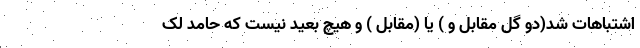
اشتباهات شد(دو گل مقابل و ) یا (مقابل ) و هیچ بعید نیست که حامد لک